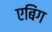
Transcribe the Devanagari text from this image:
एबिंग